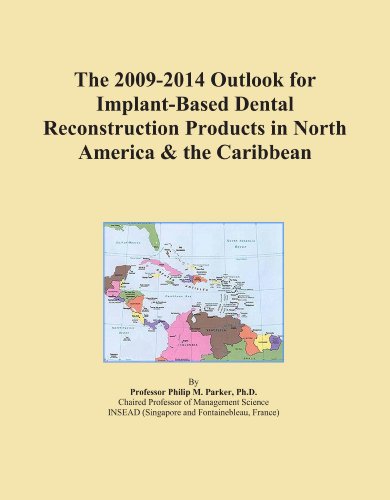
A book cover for The 2009-2014 Outlook for Implant-Based Dental Reconstruction Products in North America & the Caribbean; Icon Group International; Medical Books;